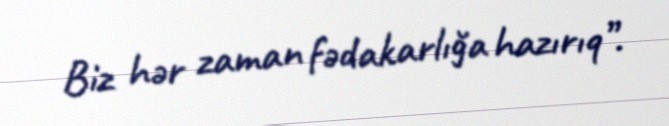
Biz hər zaman fədakarlığa hazırıq”.